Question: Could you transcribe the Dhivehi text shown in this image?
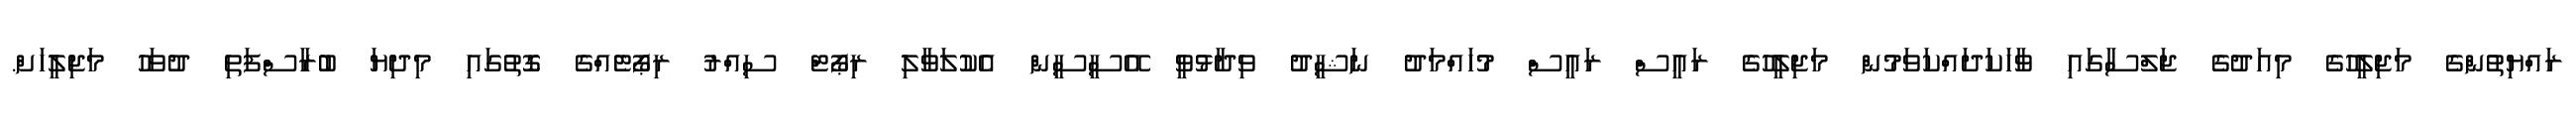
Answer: ރައްޔިތުންގެ މަޖިލީހުގެ މިއަދުގެ ޖަލްސާގައި ވާހަކަދައްކަވަމުން މަޖިލީހުގެ ރައީސް ރައީސް މުހައްމަދު ނަޝީދު ވިދާޅުވީ އޭސީސީން އެކުލަވާލި ރިޕޯޓް ސިއްރު ރިޕޯޓެއްގެ ގޮތުގައި މިދިޔަ ބުރާސްފަތި ދުވަހު މަޖިލީހަށް.